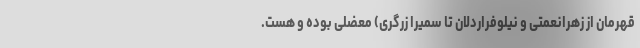
قهرمان از زهرانعمتی و نیلوفراردلان تا سمیرا زرگری) معضلی بوده و هست.